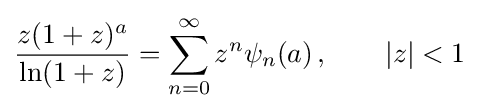
{\frac {z(1+z)^{a}}{\ln(1+z)}}=\sum _{n=0}^{\infty }z^{n}\psi _{n}(a)\,,\qquad |z|<1